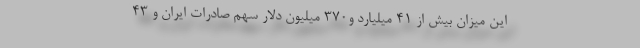
این میزان بیش از ۴۱ میلیارد و۳۷۰ میلیون دلار سهم صادرات ایران و ۴۳